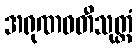
အရုဏဝတီသုတ္တံ